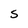
Character: S